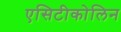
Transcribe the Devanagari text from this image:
एसिटीकोलिन